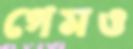
গেমও